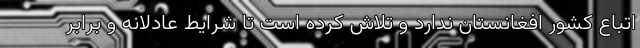
اتباع کشور افغانستان ندارد و تلاش کرده است تا شرایط عادلانه و برابر